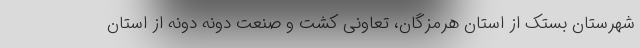
شهرستان بَستَک از استان هرمزگان، تعاونی کشت و صنعت دونه دونه از استان